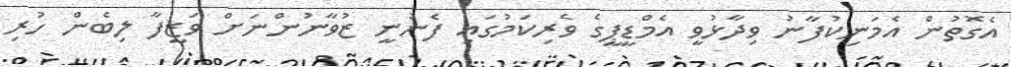
އެގޮތުން އެމަނިކުފާނު ވިދާޅުވީ އެމްޑީޕީގެ ވެރިކަމުގައި ފެނުނީ ޒުވާނުންނަށް ވަޒީފާ ލިބެން ހުރި